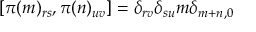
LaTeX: [ \pi ( m ) _ { r s } , \pi ( n ) _ { u v } ] = \delta _ { r v } \delta _ { s u } m \delta _ { m + n , 0 }